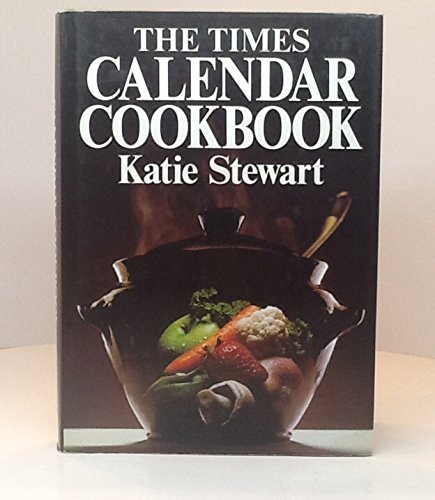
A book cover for The Times Calendar Cookbook; Katie Stewart; Calendars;